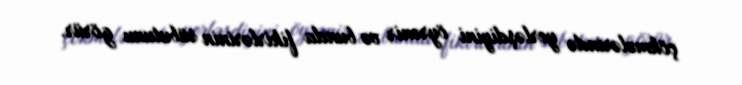
çökmələrində yerləşdiyini öyrənir və bunda fikirlərinin sübutunu görür.